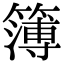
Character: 簿